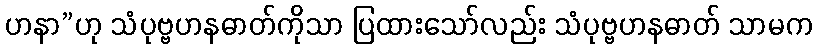
ဟနာ”ဟု သံပုဗ္ဗဟနဓာတ်ကိုသာ ပြထားသော်လည်း သံပုဗ္ဗဟနဓာတ် သာမက